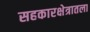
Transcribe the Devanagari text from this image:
सहकारक्षेत्रातला